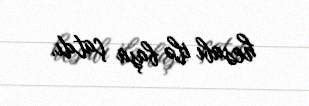
hesabı ilə başa çatdı.